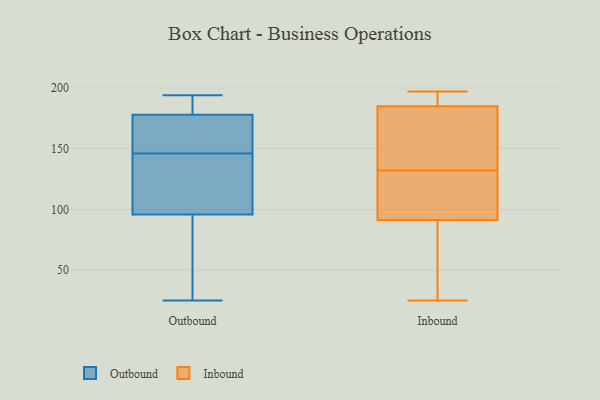
{"axis": {"x": "Website Visitors", "y": "Value"}, "legend": ["Inbound", "Outbound"], "data": [{"x": "", "y": 151, "type": "Outbound"}, {"x": "", "y": 29, "type": "Outbound"}, {"x": "", "y": 194, "type": "Outbound"}, {"x": "", "y": 98, "type": "Outbound"}, {"x": "", "y": 146, "type": "Outbound"}, {"x": "", "y": 146, "type": "Outbound"}, {"x": "", "y": 107, "type": "Outbound"}, {"x": "", "y": 172, "type": "Outbound"}, {"x": "", "y": 166, "type": "Outbound"}, {"x": "", "y": 180, "type": "Outbound"}, {"x": "", "y": 25, "type": "Outbound"}, {"x": "", "y": 116, "type": "Outbound"}, {"x": "", "y": 191, "type": "Outbound"}, {"x": "", "y": 95, "type": "Outbound"}, {"x": "", "y": 88, "type": "Outbound"}, {"x": "", "y": 126, "type": "Outbound"}, {"x": "", "y": 189, "type": "Outbound"}, {"x": "", "y": 184, "type": "Outbound"}, {"x": "", "y": 85, "type": "Outbound"}, {"x": "", "y": 37, "type": "Inbound"}, {"x": "", "y": 186, "type": "Inbound"}, {"x": "", "y": 25, "type": "Inbound"}, {"x": "", "y": 179, "type": "Inbound"}, {"x": "", "y": 185, "type": "Inbound"}, {"x": "", "y": 53, "type": "Inbound"}, {"x": "", "y": 185, "type": "Inbound"}, {"x": "", "y": 104, "type": "Inbound"}, {"x": "", "y": 141, "type": "Inbound"}, {"x": "", "y": 114, "type": "Inbound"}, {"x": "", "y": 132, "type": "Inbound"}, {"x": "", "y": 197, "type": "Inbound"}, {"x": "", "y": 128, "type": "Inbound"}]}